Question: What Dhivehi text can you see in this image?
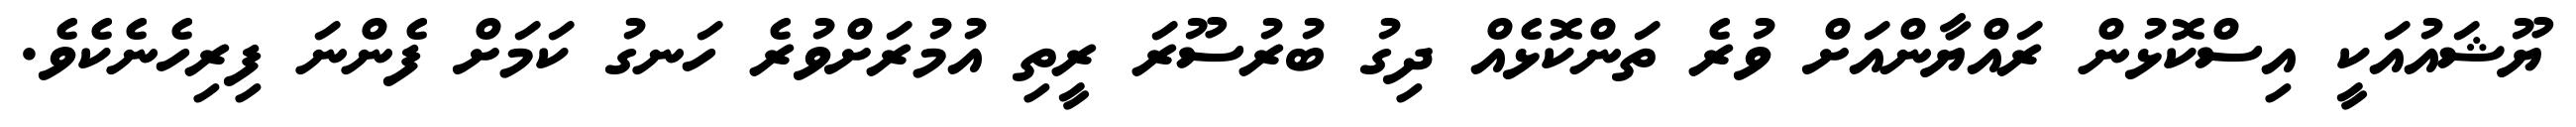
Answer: ޔޫޝައުއަކީ އިސްކޮޅުން ރައްޔާންއަށް ވުރެ ތަންކޮޅެއް ދިގު ބުރުސޫރަ ރީތި އުމުރަށްވުރެ ހަނގު ކަމަށް ފެންނަ ފިރިހެނެކެވެ.